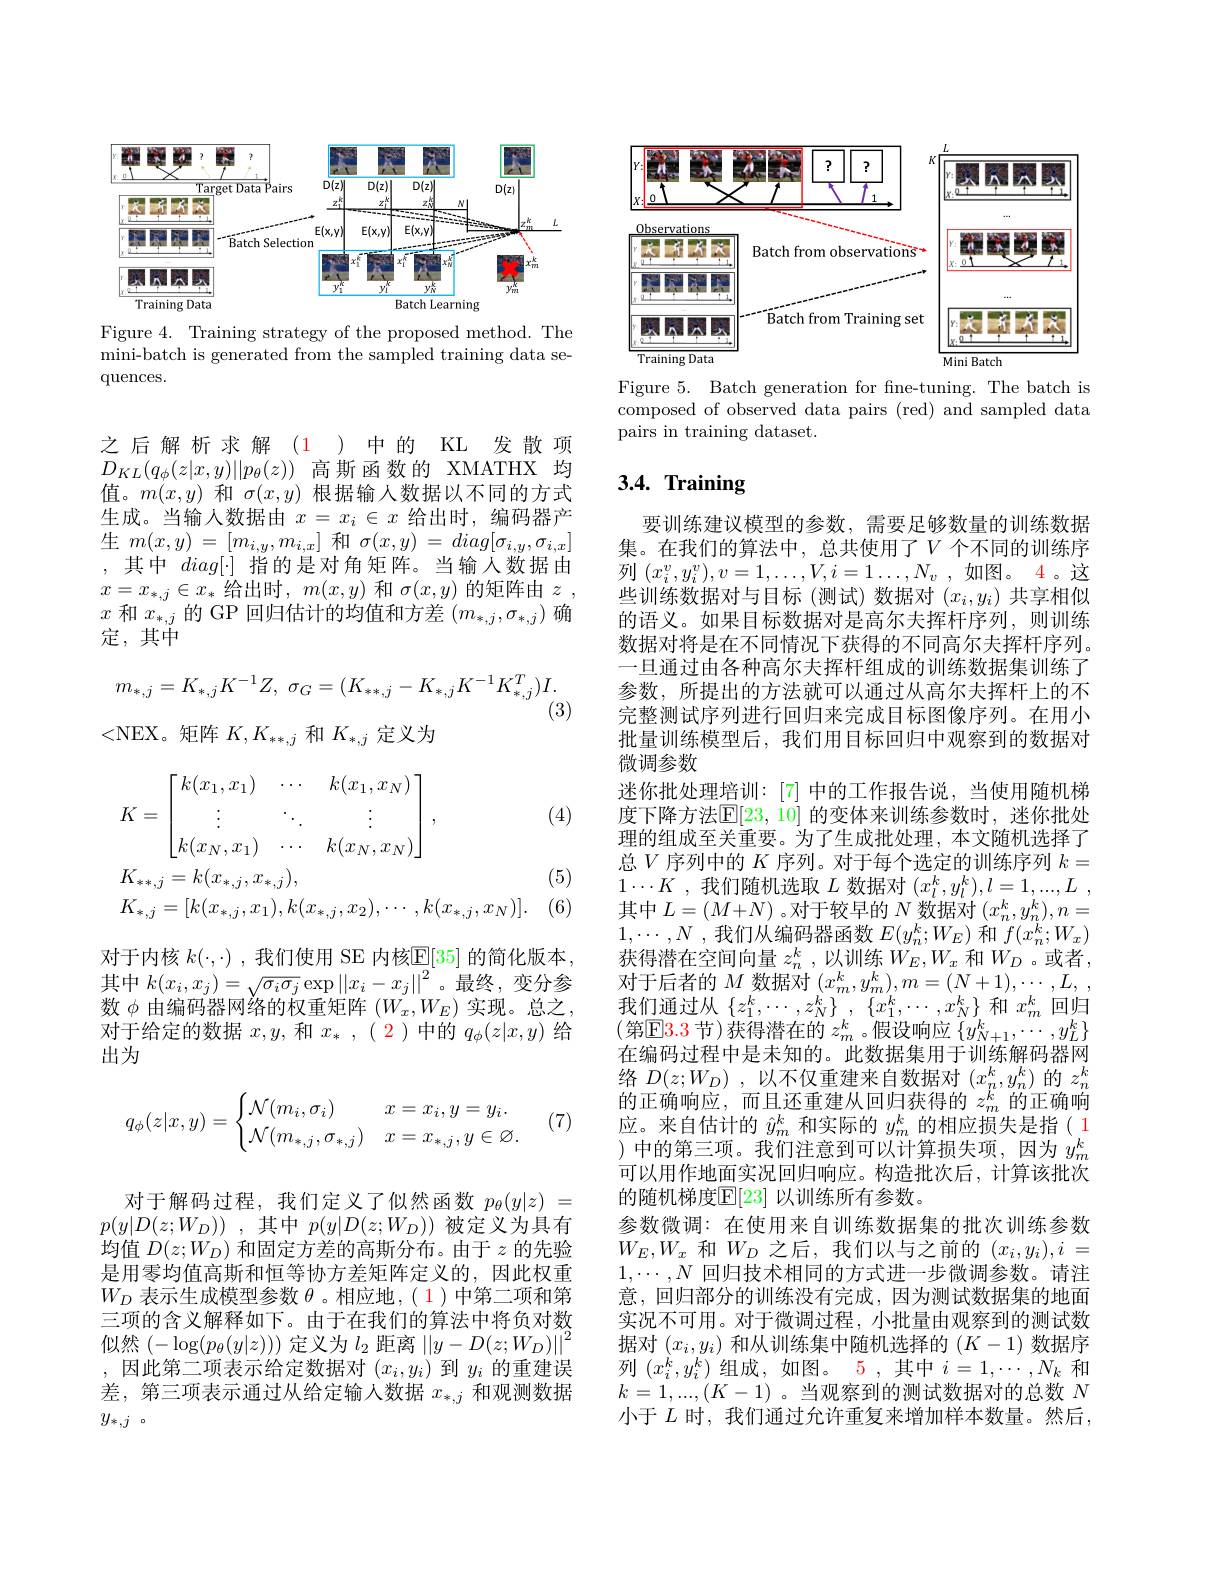
<FigureHere>

Figure 4. Training strategy of the proposed method. The mini-batch is generated from the sampled training data sequences.

之后解析求解(1)中的 KL 发散项$D_{KL}(q_\phi(z|x,y)||p_\theta(z))$高斯函数的 XMATHX 均值。$m(x,y)$和$\sigma(x,y)$根据输入数据以不同的方式生成。当输入数据由$x=x_i\in x$给出时，编码器产生$m(x,y)=[m_{i,y},m_{i,x}]$和$\sigma(x,y)=diag[\sigma_{i,y},\sigma_{i,x}]$ ,其中$diag[\cdot]$ 指的是对角矩阵。当输入数据由$x=x_{*,j}\in x_{*}$给出时$,m(x,y)$和$\sigma(x,y)$的矩阵由$z$ , $x$和$x_*,j$的 GP 回归估计的均值和方差$(m_*,j,\sigma_{*,j})$确定，其中
$$m_{*,j}=K_{*,j}K^{-1}Z,\:\sigma_{G}=(K_{**,j}-K_{*,j}K^{-1}K_{*,j}^{T})I.$$
(3)
<NEX。矩阵$K,K_{**,j}$和$K_*,j$定义为

(4)
$$\begin{aligned}&K=\begin{bmatrix}k(x_1,x_1)&\cdots&k(x_1,x_N)\\\vdots&\ddots&\vdots\\k(x_N,x_1)&\cdots&k(x_N,x_N)\end{bmatrix},\\&K_{**,j}=k(x_{*,j},x_{*,j}),\\&K_{*,j}=[k(x_{*,j},x_{1}),k(x_{*,j},x_{2}),\cdots,k(x_{*,j},x_{N})].\end{aligned}$$
(5)

(6)

对于内核 $k(\cdot,\cdot)$ ,我们使用 SE 内核$\underline{\mathbb{E}}[35]$ 的简化版本， 其中$k(x_i,x_j)=\sqrt{\sigma_i\sigma_j}\exp\left\|x_i-x_j\right\|^2$。最终，变分参数$\phi$由编码器网络的权重矩阵$(W_x,W_E)$实现。总之对于给定的数据$x,y$,和$x_*,(\color{red}2)$中的$q_\phi(z|x,y)$给出为

(7)
$$q_\phi(z|x,y)=\begin{cases}\mathcal{N}(m_i,\sigma_i)&x=x_i,y=y_i.\\\mathcal{N}(m_{*,j},\sigma_{*,j})&x=x_{*,j},y\in\varnothing.\end{cases}$$
对于解码过程，我们定义了似然函数$p_\theta(y|z)=$ $p( y| D( z; W_D) )$ ,其中$p(y|D(z;W_D))$被定义为具有均值$D(z;W_D)$和固定方差的高斯分布。由于$z$的先验是用零均值高斯和恒等协方差矩阵定义的，因此权重$W_D$表示生成模型参数$\theta$ 。相应地，( 1)中第二项和第三项的含义解释如下。由于在我们的算法中将负对数似然$(-\log(p_\theta(y|z)))$定义为$l_2$距离$\left|\left|y-D(z;W_D)\right|\right|^2$ ,因此第二项表示给定数据对$(x_i,y_i)$到$y_i$的重建误差，第三项表示通过从给定输入数据$x_{*,j}$和观测数据$y_{* , j}$ o

<FigureHere>

Figure 5. Batch generation for fne-tuning. The batch is composed of observed data pairs (red) and sampled data pairs in training dataset.

# $3. 4. \textbf{ Training}$

要训练建议模型的参数，需要足够数量的训练数据集。在我们的算法中，总共使用了$V$ 个不同的训练序列$(x_i^v,y_i^v),v=1,\ldots,V,i=1\ldots,N_v$,如图。4。这些训练数据对与目标(测试)数据对$(x_i,y_i)$共享相似的语义。如果目标数据对是高尔夫挥杆序列，则训练数据对将是在不同情况下获得的不同高尔夫挥杆序列。一旦通过由各种高尔夫挥杆组成的训练数据集训练了参数，所提出的方法就可以通过从高尔夫挥杆上的不完整测试序列进行回归来完成目标图像序列。在用小批量训练模型后，我们用目标回归中观察到的数据对微调参数
迷你批处理培训：[7]中的工作报告说，当使用随机梯度下降方法$\mathbb{E}[23,10]$ 的变体来训练参数时，迷你批处理的组成至关重要。为了生成批处理，本文随机选择了总$V$序列中的 $K$ 序列。对于每个选定的训练序列 $k=$ $1\cdots K$ ,我们随机选取$L$数据对$( x_l^k, y_l^k) , l= 1, . . . , L$ , 其中$L=(M+N)$ 。对于较早的$N$数据对$(x_n^k,y_n^k),n=$ $1,\cdots,N$ ,我们从编码器函数$E(y_n^k;W_E)$和$f(x_n^k;W_x)$ 获得潜在空间向量$z_n^k$ ,以训练$W_E,W_x$和$W_D$ 。或者 , 对于后者的$M$数据对$(x_m^k,y_m^k),m=(N+1),\cdots,L,$, 我们通过从$\{z_{1}^{k},\cdots,z_{N}^{k}\}$ , $\{x_{1}^{k},\cdots,x_{N}^{k}\}$和$x_{m}^{k}$回归(第E$\color{red} 3. 3$ 节)获得潜在的 $z_m^k$ 。假设响应 $\{y_N+1^k,\cdots,y_L^k\}$ 在编码过程中是未知的。此数据集用于训练解码器网络$D( z; W_{D})$ ,以不仅重建来自数据对$(x_n^k,y_n^k)$的$z_n^k$ 的正确响应，而且还重建从回归获得的$z_m^k$的正确响应。来自估计的$\hat{y}_m^k$和实际的$y_m^k$的相应损失是指( 1 )中的第三项。我们注意到可以计算损失项，因为$y_m^k$ 可以用作地面实况回归响应。构造批次后，计算该批次的随机梯度$\mathbb{E}[23]$ 以训练所有参数。
参数微调：在使用来自训练数据集的批次训练参数$W_E,W_x$和$W_D$之后，我们以与之前的$(x_i,y_i),i=$ $1,\cdots,N$回归技术相同的方式进一步微调参数。请注意，回归部分的训练没有完成，因为测试数据集的地面实况不可用。对于微调过程，小批量由观察到的测试数据对$(x_i,y_i)$和从训练集中随机选择的$(K-1)$数据序列$(x_{i}^{k},y_{i}^{k})$组成，如图。5 ,其中$i=1,\cdots,N_{k}$和$k=1,...,(K-1)$。当观察到的测试数据对的总数$N$ 小于$L$时，我们通过允许重复来增加样本数量。然后，